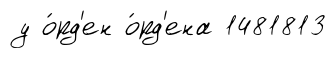
у о́рд'ен о́рд'ена 1481813